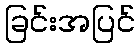
ခြင်းအပြင်